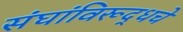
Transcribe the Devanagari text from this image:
संघांविरूद्धचे